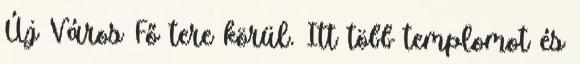
Új Város Fő tere körül. Itt több templomot és